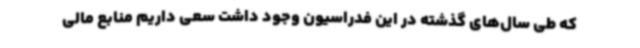
که طی سال‌های گذشته در این فدراسیون وجود داشت سعی داریم منابع مالی